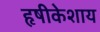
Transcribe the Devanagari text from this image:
हृषीकेशाय